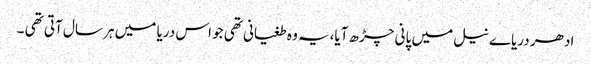
ادھر دریاے نیل میں پانی چڑھ آیا،یہ وہ طغیانی تھی جو اس دریا میں ہر سال آتی تھی ۔